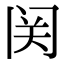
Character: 𬮦